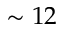
\sim 1 2